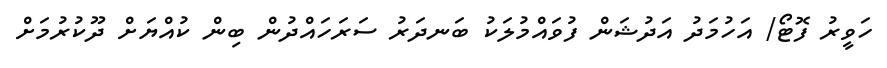
ހަވީރު ފޮޓޯ/ އަހުމަދު އަދުޝަން ފުވައްމުލަކު ބަނދަރު ސަރަހައްދުން ބިން ކުއްޔަށް ދޫކުރުމަށް